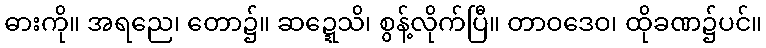
ဓားကို။ အရညေ၊ တော၌။ ဆဍ္ဍေသိ၊ စွန့်လိုက်ပြီ။ တာဝဒေဝ၊ ထိုခဏ၌ပင်။